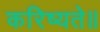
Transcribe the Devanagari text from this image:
करिष्यते॥